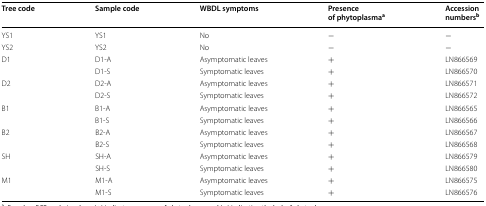
<table><thead><tr><td><b>Tree code</b></td><td><b>Sample code</b></td><td><b>WBDL symptoms</b></td><td><b>Presence of phytoplasma<sup>a</sup></b></td><td><b>Accession numbers<sup>b</sup></b></td></tr></thead><tbody><tr><td>YS1</td><td>YS1</td><td>No</td><td>−</td><td>−</td></tr><tr><td>YS2</td><td>YS2</td><td>No</td><td>−</td><td>−</td></tr><tr><td rowspan="2">D1</td><td>D1-A</td><td>Asymptomatic leaves</td><td>+</td><td>LN866569</td></tr><tr><td>D1-S</td><td>Symptomatic leaves</td><td>+</td><td>LN866570</td></tr><tr><td rowspan="2">D2</td><td>D2-A</td><td>Asymptomatic leaves</td><td>+</td><td>LN866571</td></tr><tr><td>D2-S</td><td>Symptomatic leaves</td><td>+</td><td>LN866572</td></tr><tr><td rowspan="2">B1</td><td>B1-A</td><td>Asymptomatic leaves</td><td>+</td><td>LN866565</td></tr><tr><td>B1-S</td><td>Symptomatic leaves</td><td>+</td><td>LN866566</td></tr><tr><td rowspan="2">B2</td><td>B2-A</td><td>Asymptomatic leaves</td><td>+</td><td>LN866567</td></tr><tr><td>B2-S</td><td>Symptomatic leaves</td><td>+</td><td>LN866568</td></tr><tr><td rowspan="2">SH</td><td>SH-A</td><td>Asymptomatic leaves</td><td>+</td><td>LN866579</td></tr><tr><td>SH-S</td><td>Symptomatic leaves</td><td>+</td><td>LN866580</td></tr><tr><td rowspan="2">M1</td><td>M1-A</td><td>Asymptomatic leaves</td><td>+</td><td>LN866575</td></tr><tr><td>M1-S</td><td>Symptomatic leaves</td><td>+</td><td>LN866576</td></tr></tbody></table>